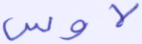
لاوس